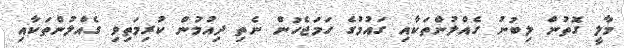
މާލީ ގޮތުން ލިބުނު ގެއްލުންތަކާއި ގައުމުގެ ހަމަޖެހުން ނެތި ދިއުމުން ކުރިމަތިވި ގެއްލުންތަކާއި